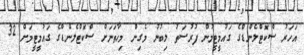
އަހަރު ސްކޮޓްލެންޑްގެ ގައުމީޓީމުން ފުރުސަތު ލިބުނު މެގިން މިހާތަނަށް ސްކޮޓްލެންޑްގެ ގައުމީޓީމަށް 32